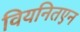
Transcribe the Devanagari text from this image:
वियनितएन